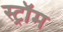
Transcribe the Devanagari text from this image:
स्ट्रॉम